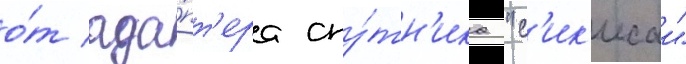
о́т ада́пт'ера спу́тн'ика "с'ик'исаи"